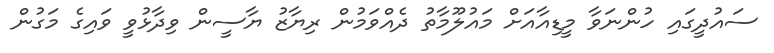
ސައުދީގައި ހުންނަވާ މީޑިއާއަށް މައުލޫމާތު ދެއްވަމުން ރިޔާޒު ޔާސީން ވިދާޅުވީ ވައިގެ މަގުން